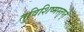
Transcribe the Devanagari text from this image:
तुविशिष्मस्तृप्त्